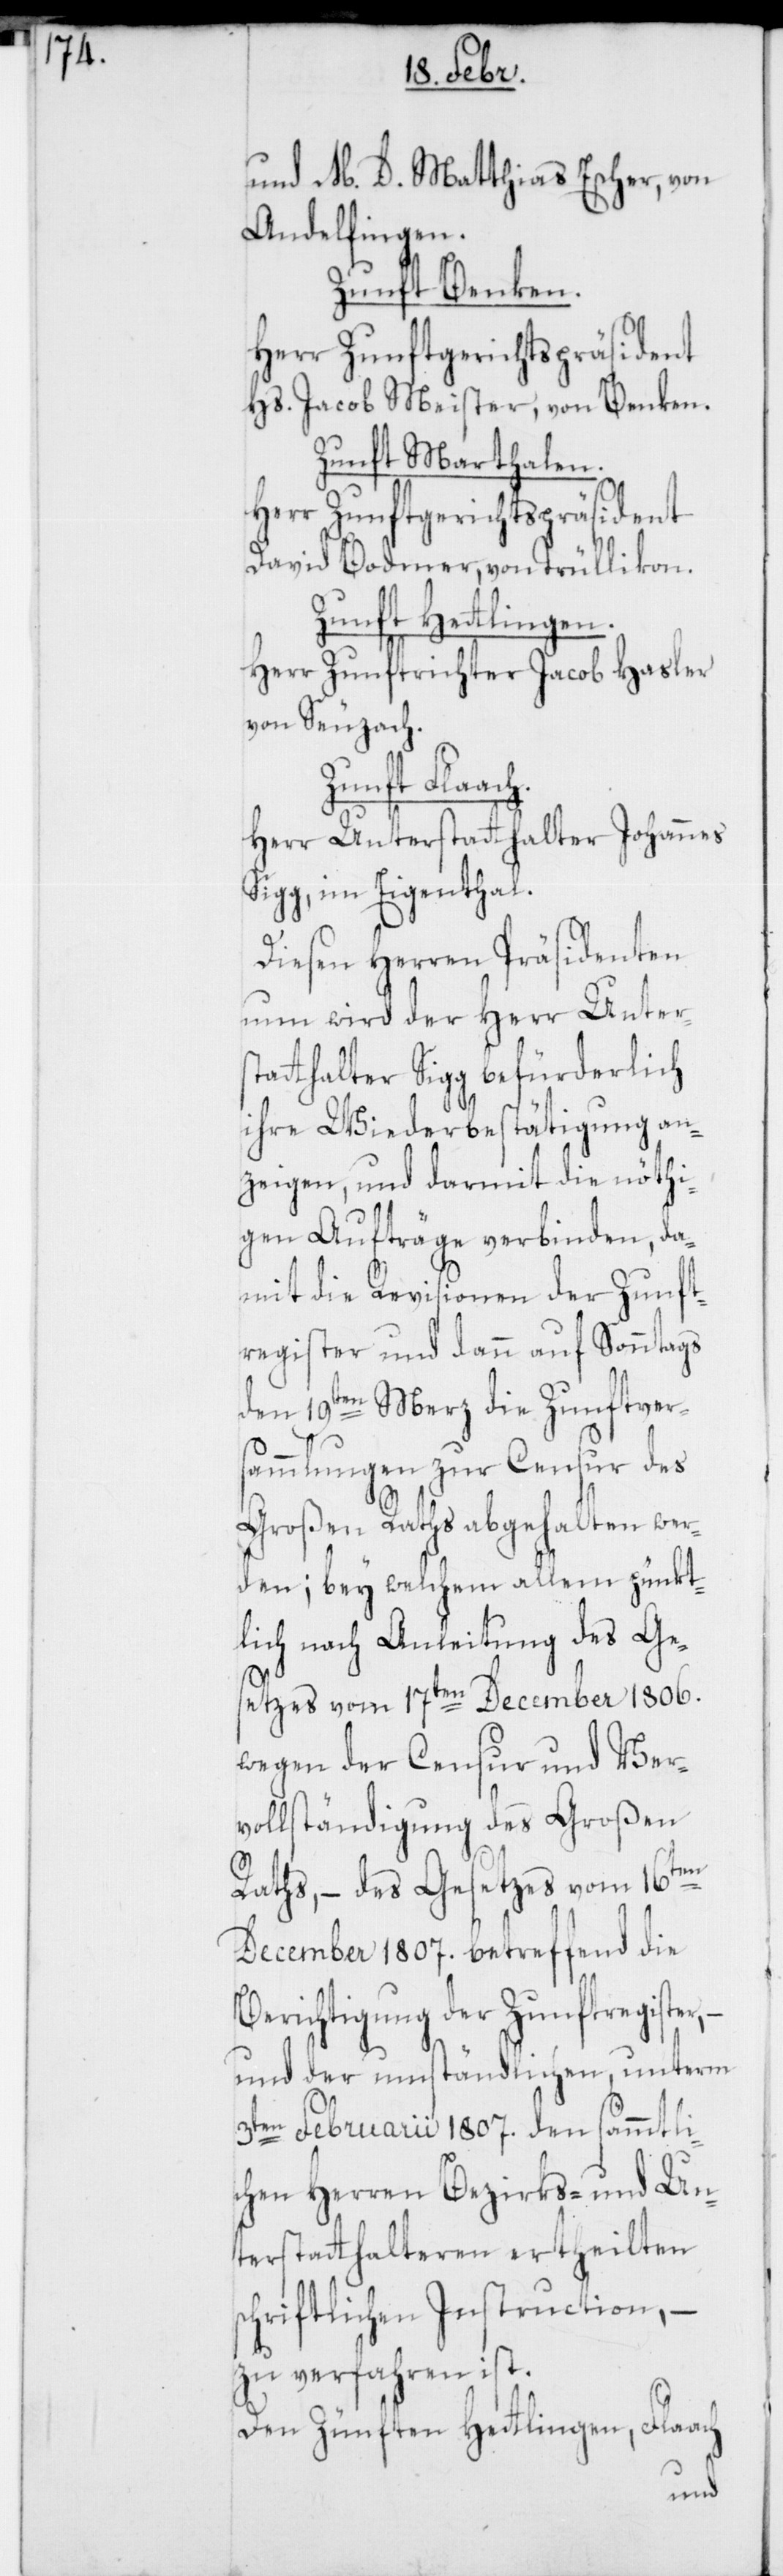
und M. D. Matthias Escher von
Andelfingen.
Zunft Benken.
Herr Zunftgerichtspräsident
Hs. Jacob Meister von Benken.
Zunft Marthalen.
David Bodmer, von Trüllikon.
Zunft Hettlingen.
Herr Zunftrichter Jacob Hasler
von Seuzach.
Zunft Flaach.
Herr Unterstatthalter Johannes
Sigg, im Eigenthal.
Diesen Herren Präsidenten
nun wird der Herr Unters¬
tatthalter Sigg befürderlich
ihre Wiederbestätigung an¬
zeigen, und darmit die nöthi¬
gen Aufträge verbinden, da¬
mit die Revisionen der Zunft¬
register und dann auf Sonntags
den 19ten Merz die Zunftver¬
sammlungen zur Censur des
Großen Raths abgehalten wer¬
den; bey welchem allem pünkt¬
lich nach Anleitung des Ge¬
setzes vom 17ten December 1806.
wegen der Censur und Ver¬
vollständigung des Großen
Raths, – des Gesetzes vom 16ten
December 1807. betreffend die
Berichtigung der Zunftregister,
und der umständlichen, unterm
3ten Februarii 1807. den sämmtli¬
chen Herren Bezirks- und Un¬
terstatthalteren ertheilten
schriftlichen Instruction, –
zu verfahren ist.
Den Zünften Hetlingen, Flaach